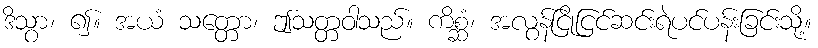
ဒိသွာ၊ ၍။ အယံ သတ္တော၊ ဤသတ္တဝါသည်။ ကိစ္ဆံ၊ အလွန်ငြိုငြင်ဆင်းရဲပင်ပန်းခြင်းသို့။